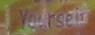
yourseld